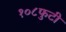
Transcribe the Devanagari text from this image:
१०८फुटी